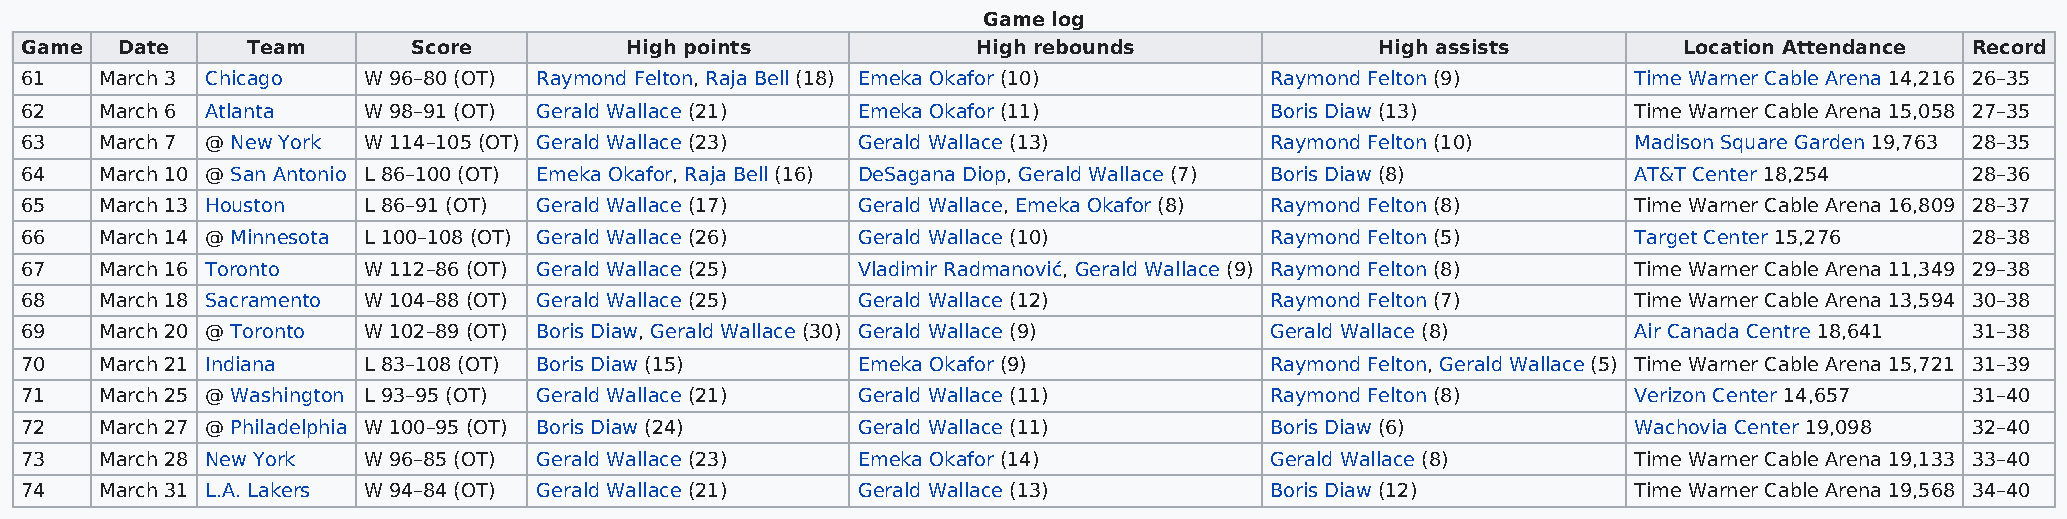
Game log
 Game   Date    Team       Score         High points             High rebounds             High assists        Location Attendance Record
 61    March 3 Chicago  W 96–80 (OT) Raymond Felton, Raja Bell (18) Emeka Okafor (10) Raymond Felton (9)    Time Warner Cable Arena 14,216 26–35
 62    March 6 Atlanta  W 98–91 (OT) Gerald Wallace (21) Emeka Okafor (11)          Boris Diaw (13)         Time Warner Cable Arena 15,058 27–35
 63    March 7 @ New York W 114–105 (OT) Gerald Wallace (23) Gerald Wallace (13)    Raymond Felton (10)     Madison Square Garden 19,763 28–35
 64    March 10 @ San Antonio L 86–100 (OT) Emeka Okafor, Raja Bell (16) DeSagana Diop, Gerald Wallace (7) Boris Diaw (8) AT&T Center 18,254 28–36
 65    March 13 Houston L 86–91 (OT) Gerald Wallace (17) Gerald Wallace, Emeka Okafor (8) Raymond Felton (8) Time Warner Cable Arena 16,809 28–37
 66    March 14 @ Minnesota L 100–108 (OT) Gerald Wallace (26) Gerald Wallace (10)  Raymond Felton (5)      Target Center 15,276   28–38
 67    March 16 Toronto W 112–86 (OT) Gerald Wallace (25) Vladimir Radmanović, Gerald Wallace (9) Raymond Felton (8) Time Warner Cable Arena 11,349 29–38
 68    March 18 Sacramento W 104–88 (OT) Gerald Wallace (25) Gerald Wallace (12)    Raymond Felton (7)      Time Warner Cable Arena 13,594 30–38
 69    March 20 @ Toronto W 102–89 (OT) Boris Diaw, Gerald Wallace (30) Gerald Wallace (9) Gerald Wallace (8) Air Canada Centre 18,641 31–38
 70    March 21 Indiana L 83–108 (OT) Boris Diaw (15)    Emeka Okafor (9)           Raymond Felton, Gerald Wallace (5) Time Warner Cable Arena 15,721 31–39
 71    March 25 @ Washington L 93–95 (OT) Gerald Wallace (21) Gerald Wallace (11)   Raymond Felton (8)      Verizon Center 14,657  31–40
 72    March 27 @ Philadelphia W 100–95 (OT) Boris Diaw (24) Gerald Wallace (11)    Boris Diaw (6)          Wachovia Center 19,098 32–40
 73    March 28 New York W 96–85 (OT) Gerald Wallace (23) Emeka Okafor (14)         Gerald Wallace (8)      Time Warner Cable Arena 19,133 33–40
 74    March 31 L.A. Lakers W 94–84 (OT) Gerald Wallace (21) Gerald Wallace (13)    Boris Diaw (12)         Time Warner Cable Arena 19,568 34–40